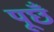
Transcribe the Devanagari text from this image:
पूछँ